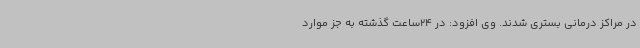
در مراکز درمانی بستری شدند. وی افزود: در 24ساعت گذشته به جز موارد